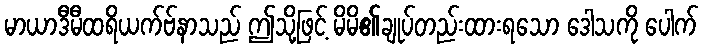
မာယာဒီမီထရိယက်ဗ်နာသည် ဤသို့ဖြင့် မိမိ၏ချုပ်တည်းထားရသော ဒေါသကို ပေါက်